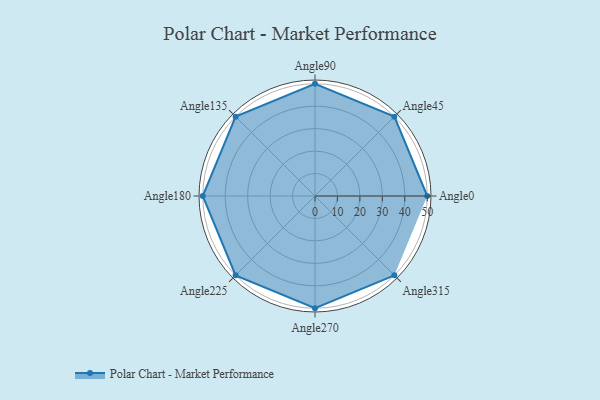
{"axis": {"x": "Angle", "y": "Radius"}, "legend": [""], "data": [{"x": "Angle0", "y": 50, "type": ""}, {"x": "Angle45", "y": 50, "type": ""}, {"x": "Angle90", "y": 50, "type": ""}, {"x": "Angle135", "y": 50, "type": ""}, {"x": "Angle180", "y": 50, "type": ""}, {"x": "Angle225", "y": 50, "type": ""}, {"x": "Angle270", "y": 50, "type": ""}, {"x": "Angle315", "y": 50, "type": ""}]}